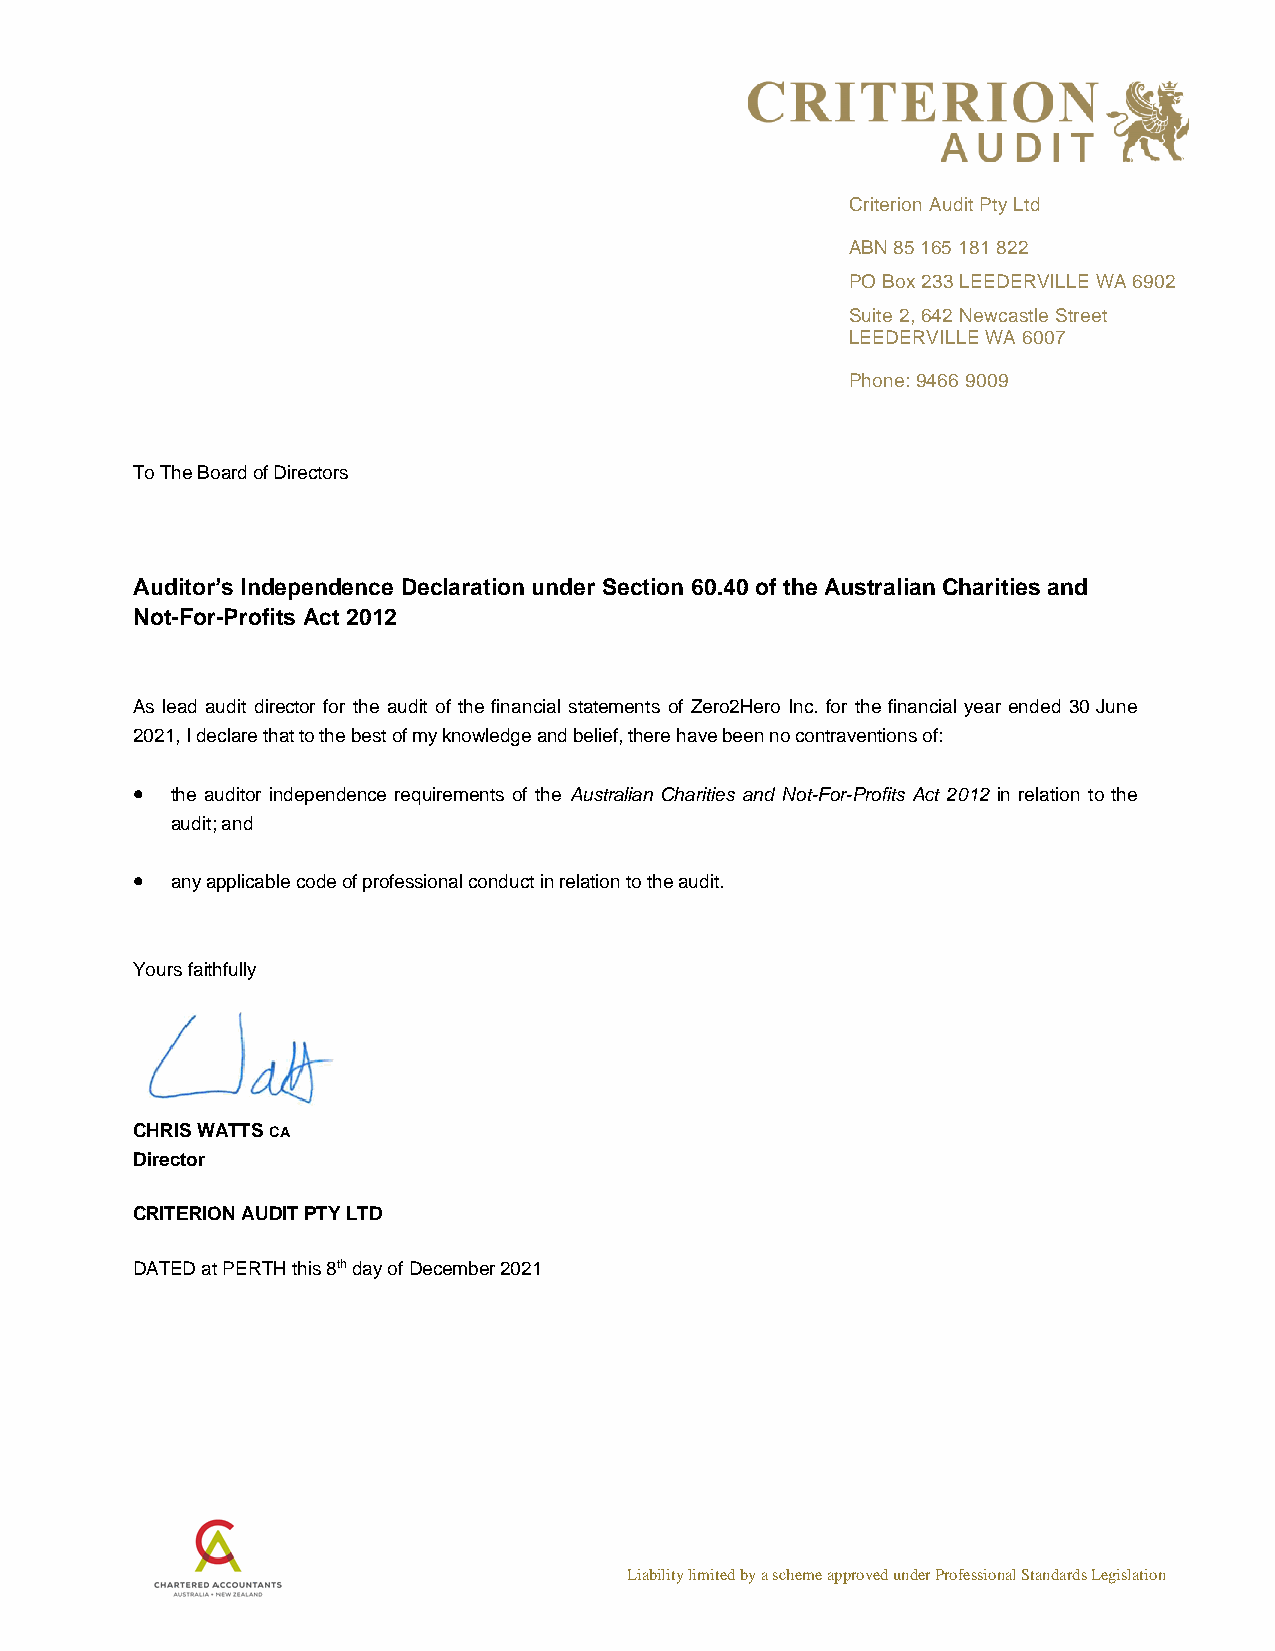
Criterion Audit Pty Ltd
 ABN 85 165 181 822
 PO Box 233 LEEDERVILLE WA 6902
 Suite 2, 642 Newcastle Street
 LEEDERVILLE WA 6007
 Phone: 9466 9009
 To The Board of Directors
 Auditor’s Independence Declaration under Section 60.40 of the Australian Charities and
 Not-For-Profits Act 2012
 As lead audit director for the audit of the financial statements of Zero2Hero Inc. for the financial year ended 30 June
 2021, I declare that to the best of my knowledge and belief, there have been no contraventions of:
 • the auditor independence requirements of the Australian Charities and Not-For-Profits Act 2012 in relation to the
 audit; and
 • any applicable code of professional conduct in relation to the audit.
 Yours faithfully
 CHRIS WATTS CA
 Director
 CRITERION AUDIT PTY LTD
 DATED at PERTH this 8th day of December 2021
 Liability limited by a scheme approved under Professional Standards Legislation